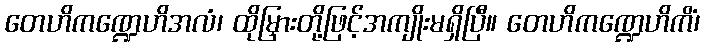
တေဟိကဏ္ဍေဟိအလံ၊ ထိုမြှားတို့ဖြင့်အကျိုးမရှိပြီ။ တေဟိကဏ္ဍေဟိကိံ၊